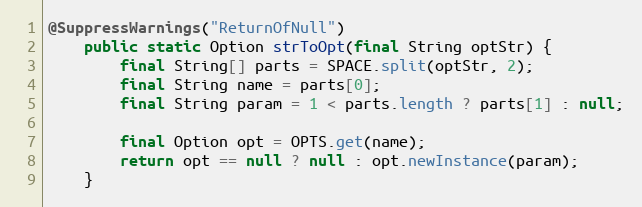
Language: Java
@SuppressWarnings("ReturnOfNull")
    public static Option strToOpt(final String optStr) {
        final String[] parts = SPACE.split(optStr, 2);
        final String name = parts[0];
        final String param = 1 < parts.length ? parts[1] : null;

        final Option opt = OPTS.get(name);
        return opt == null ? null : opt.newInstance(param);
    }